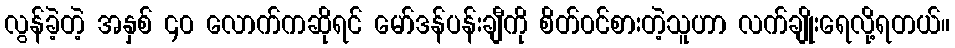
လွန်ခဲ့တဲ့ အနှစ် ၄၀ လောက်ကဆိုရင် မော်ဒန်ပန်းချီကို စိတ်၀င်စားတဲ့သူဟာ လက်ချိုးရေလို့ရတယ်။